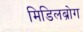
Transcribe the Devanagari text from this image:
मिडिलब्रोग